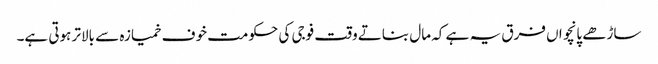
ساڑھے پانچواں فرق یہ ہے کہ مال بناتے وقت فوجی کی حکومت خوف خمیازہ سے بالاتر ہوتی ہے۔